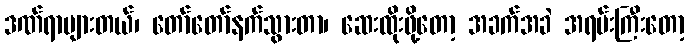
ဒဏ်ရာများတယ်၊ တော်တော်နက်သွားတာ၊ ဆေးထိုးဖို့တော့ အခက်အခဲ အရမ်းကြီးတော့